Loodushoiu_ja_Turismi_Instituut, lk 79
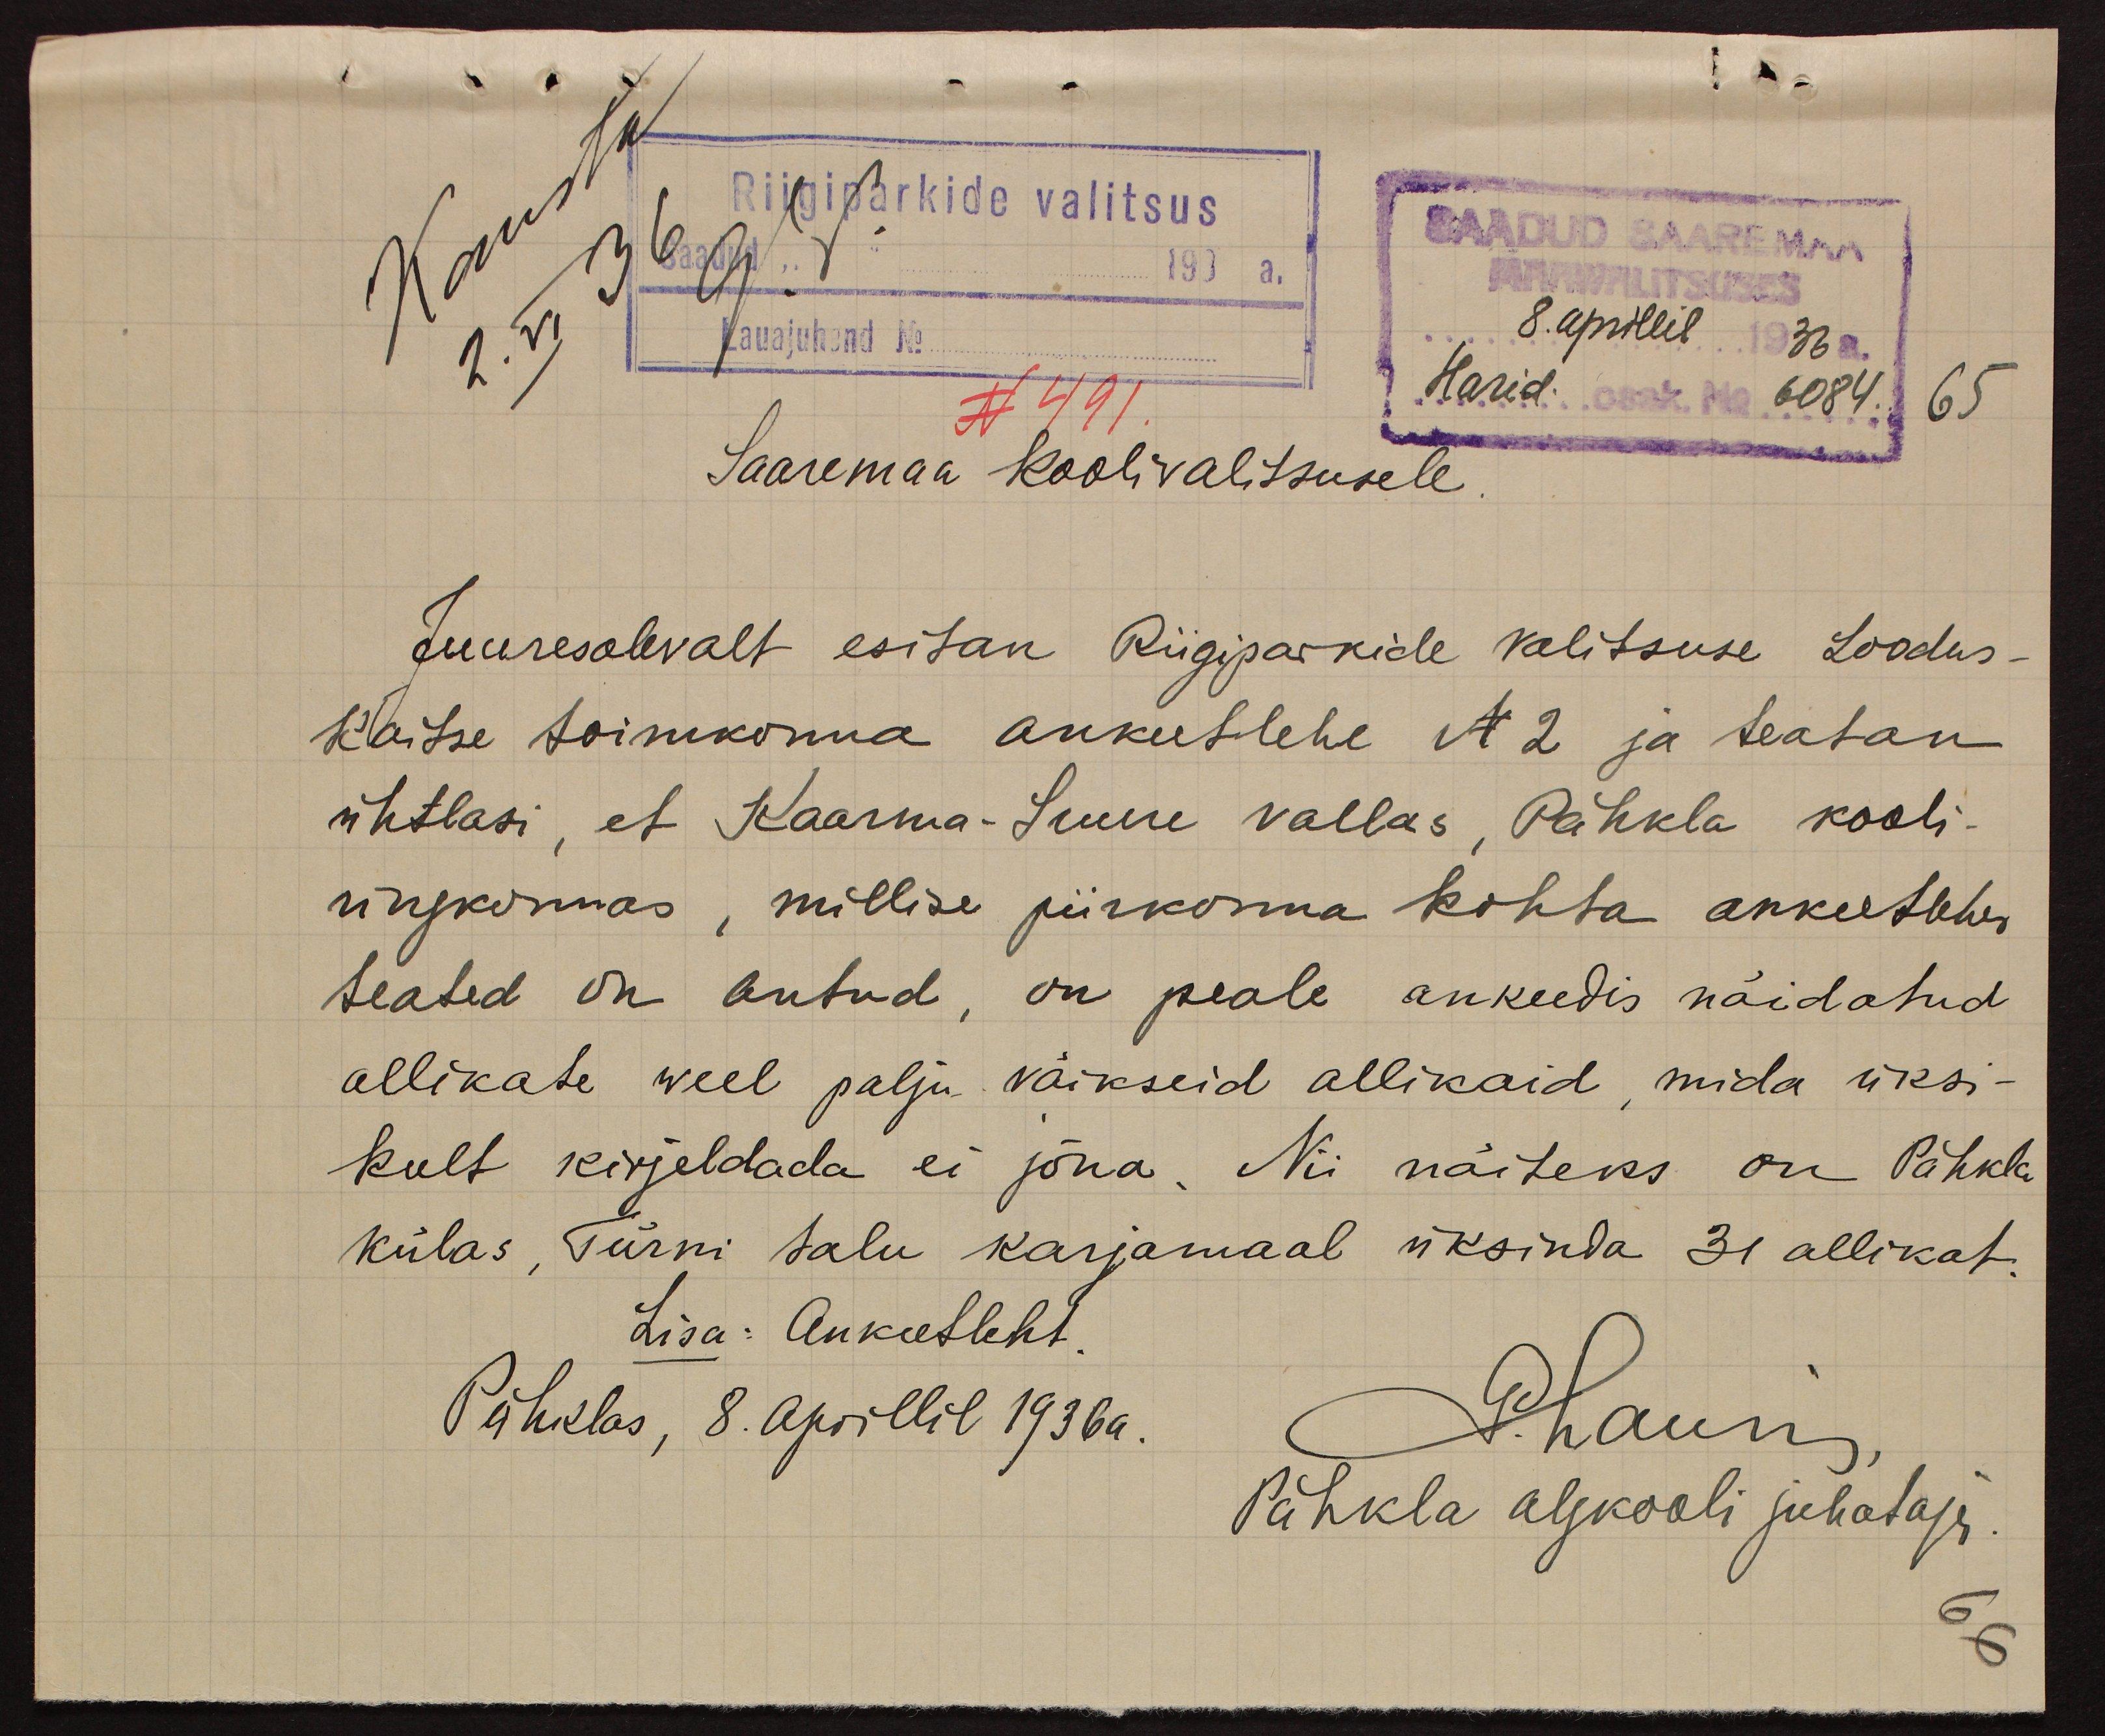
Riigiparkide valitsus
SAADUD SAAREMAA
193 a.
Lauajuhend No.
8. aprillil 36
N 491
Harid. osak. No 6084 65
Saaremaa koolivalitsusele
Juuresolevalt esitan Riigiparkide valitsuse Loodus-
Kaitse toimkonna ankeetlehe N 2 ja teatan
ühtlasi, et Kaarma-Suure vallas, Pihkla kooli-
ringkonnas, millise piirkonna kohta ankeetlehes
teated on antud, on peale ankeedis näidatud
allikate weel palju väikseid allikaid, mida üksi-
kult kirjeldada ei jõua. Nii näiteks on Pähkla
külas, Türni talu karjamaal üksinda 31 allikat.
Lisa: Ankeetleht
Pähklas, 8. Aprillil 1936 a.
P. haunis
Pähkla algkooli juhataja.